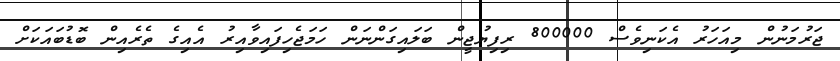
ޖަރުމަނުން މިއަހަރު އެކަނިވެސް 800000 ރިފިޔުޖީން ބަލައިގަންނަން ހަމަޖެހިފައިވާއިރު އެއިގެ ތެރެއިން ބޮޑުބައަކަށް